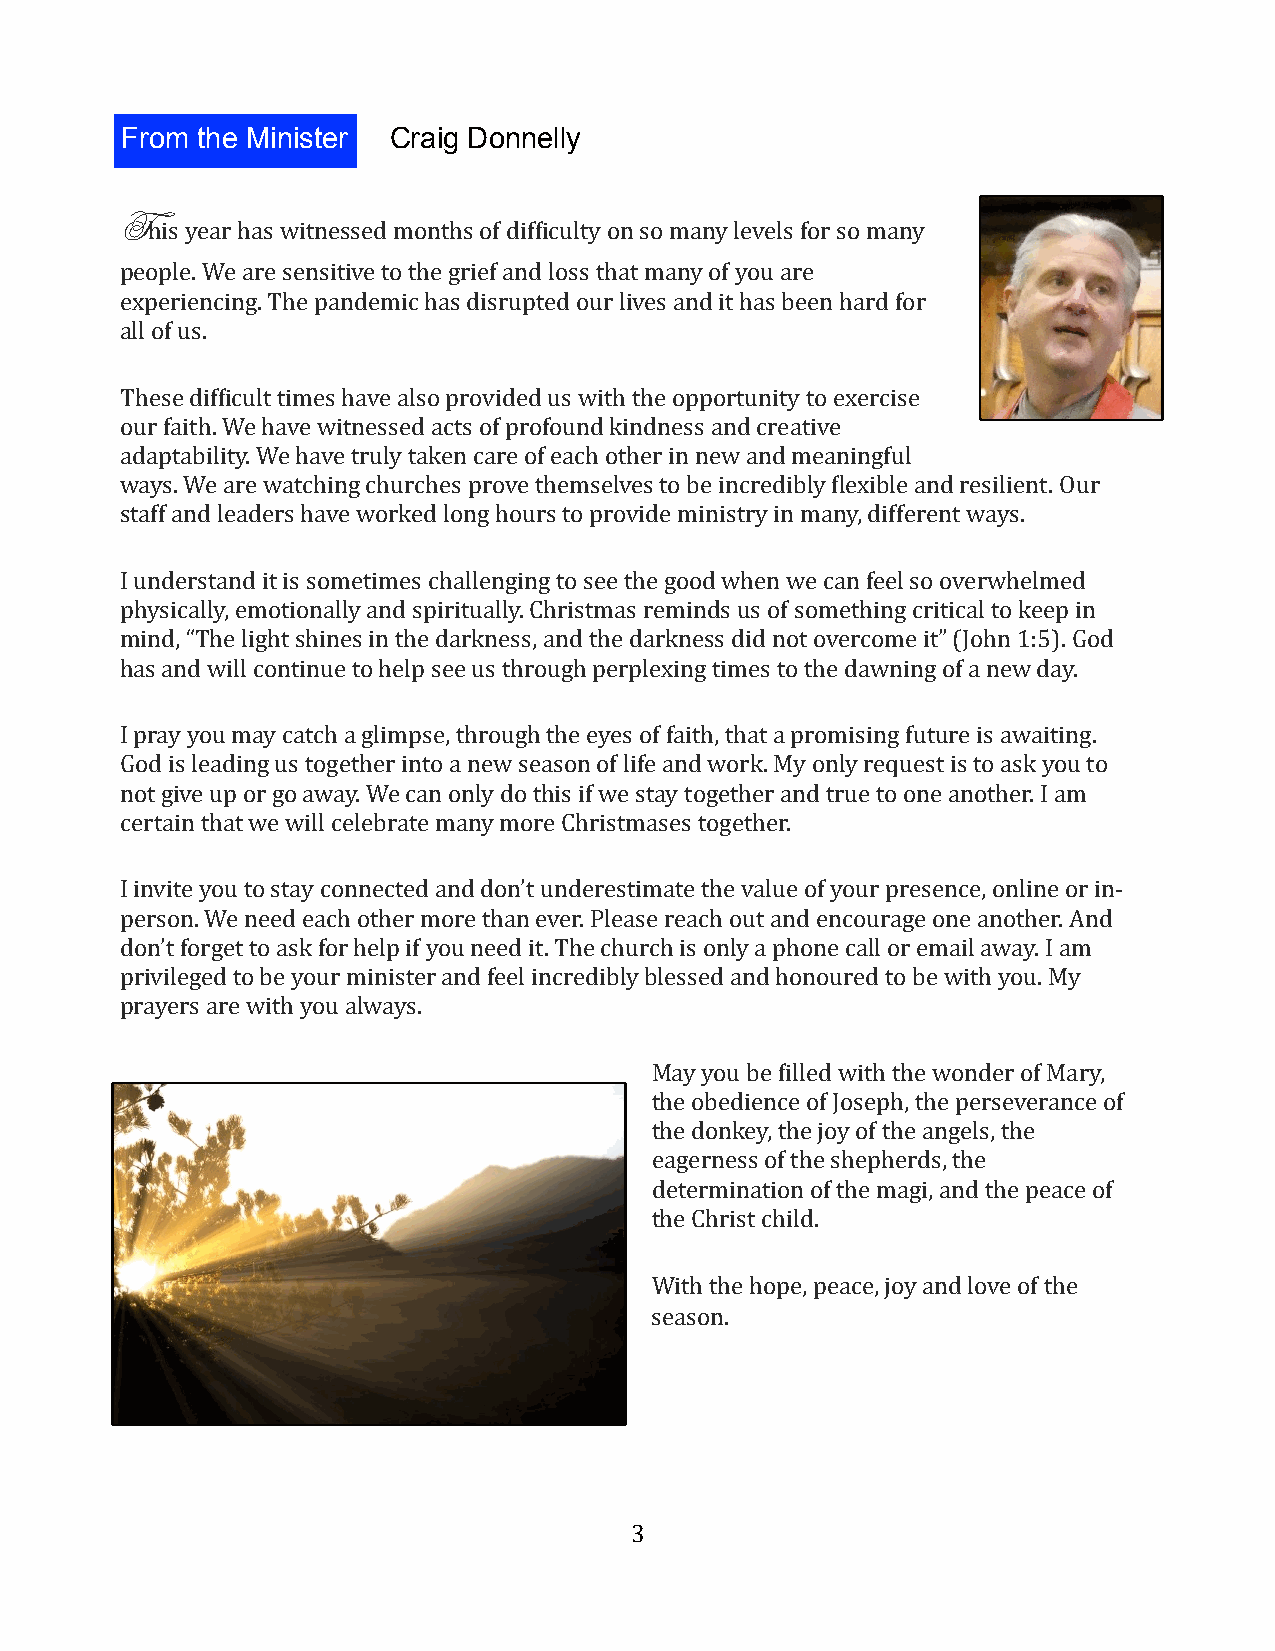
From the Minister Craig Donnelly
 This year has witnessed months of dif1iculty on so many levels for so many
 people. We are sensitive to the grief and loss that many of you are
 experiencing. The pandemic has disrupted our lives and it has been hard for
 all of us.
 These dif1icult times have also provided us with the opportunity to exercise
 our faith. We have witnessed acts of profound kindness and creative
 adaptability. We have truly taken care of each other in new and meaningful
 ways. We are watching churches prove themselves to be incredibly 1lexible and resilient. Our
 staff and leaders have worked long hours to provide ministry in many, different ways.
 I understand it is sometimes challenging to see the good when we can feel so overwhelmed
 physically, emotionally and spiritually. Christmas reminds us of something critical to keep in
 mind, “The light shines in the darkness, and the darkness did not overcome it” (John 1:5). God
 has and will continue to help see us through perplexing times to the dawning of a new day.
 I pray you may catch a glimpse, through the eyes of faith, that a promising future is awaiting.
 God is leading us together into a new season of life and work. My only request is to ask you to
 not give up or go away. We can only do this if we stay together and true to one another. I am
 certain that we will celebrate many more Christmases together.
 I invite you to stay connected and don’t underestimate the value of your presence, online or in-
 person. We need each other more than ever. Please reach out and encourage one another. And
 don’t forget to ask for help if you need it. The church is only a phone call or email away. I am
 privileged to be your minister and feel incredibly blessed and honoured to be with you. My
 prayers are with you always.
 May you be 1illed with the wonder of Mary,
 the obedience of Joseph, the perseverance of
 the donkey, the joy of the angels, the
 eagerness of the shepherds, the
 determination of the magi, and the peace of
 the Christ child.
 With the hope, peace, joy and love of the
 season.
 3